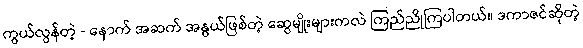
ကွယ်လွန်တဲ့ - နောက် အဆက် အနွယ်ဖြစ်တဲ့ ဆွေမျိုးများကလဲ ကြည်ညိုကြပါတယ်။ ဒကာဇင်ဆိုတဲ့